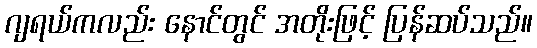
ဂျရယ်ကလည်း နောင်တွင် အတိုးဖြင့် ပြန်ဆပ်သည်။